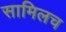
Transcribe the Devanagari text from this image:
सामिलच